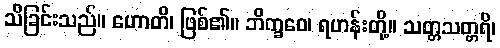
သိခြင်းသည်။ ဟောတိ၊ ဖြစ်၏။ ဘိက္ခဝေ၊ ရဟန်းတို့။ သတ္တသတ္တရိ၊